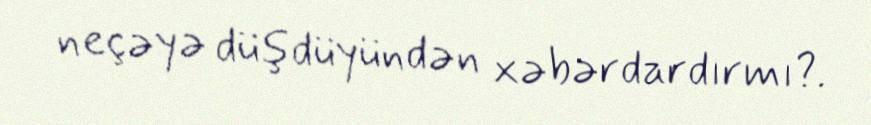
neçəyə düşdüyündən xəbərdardırmı?.